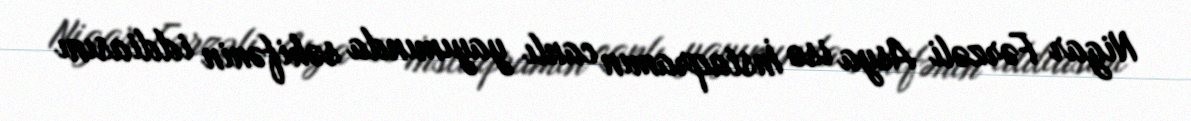
Nigar Fərzəli Asya isə İnstaqramın canlı yayımında səhifənin iddiasını